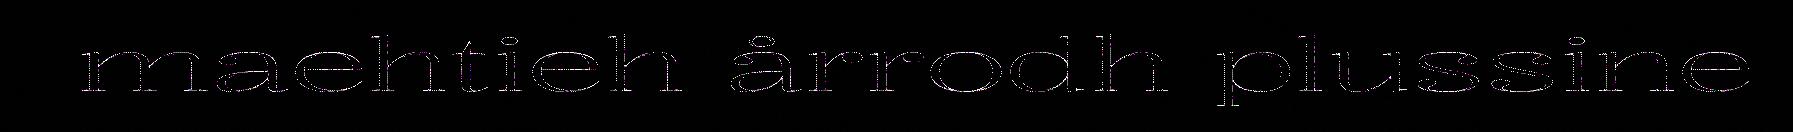
maehtieh årrodh plussine